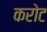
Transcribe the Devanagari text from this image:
करोट